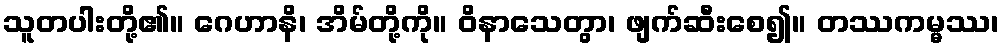
သူတပါးတို့၏။ ဂေဟာနိ၊ အိမ်တို့ကို။ ဝိနာသေတွာ၊ ဖျက်ဆီးစေ၍။ တဿကမ္မဿ၊